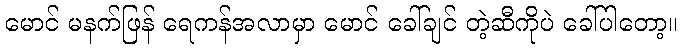
မောင် မနက်ဖြန် ရေကန်အလာမှာ မောင် ခေါ်ချင် တဲ့ဆီကိုပဲ ခေါ်ပါတော့။